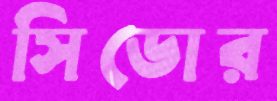
সিডোর